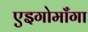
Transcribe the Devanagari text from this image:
एइगोमाँगा